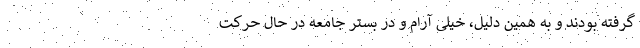
گرفته بودند و به همین دلیل، خیلی آرام و در بستر جامعه در حال حرکت